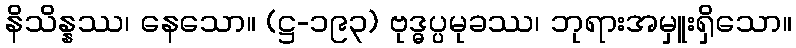
နိသိန္နဿ၊ နေသော။ (ဋ္ဌ-၁၉၃) ဗုဒ္ဓပ္ပမုခဿ၊ ဘုရားအမှူးရှိသော။